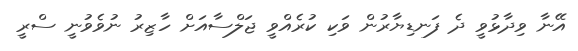
އޭނާ ވިދާޅުވީ ދެ ފަނޑިޔާރުން ވަކި ކުރެއްވީ ޖަލްސާއަށް ހާޒިރު ނުވެވުނީ ސްރީ